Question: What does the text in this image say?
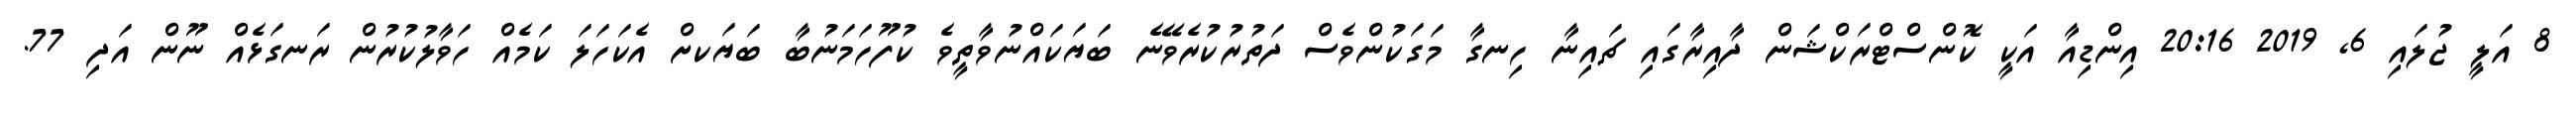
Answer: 8 އަލީ ޖުލައި 6, 2019 20:16 އިންޑިއާ އަކީ ކޮންސްޓްރަކްޝަން ދާއިރާގައި ޗައިނާ ހިނގާ މަގަކުންވެސް ދަތުރުކުރެވޭނެ ބަޔަކައްނުވާތީވެ ކުފޫހަމަނުބާ ބަޔަކށް އެކަހަލަ ކަމެއް ހަވާލުކުރުން ރަނގަޅެއް ނޫން އަދި 77.